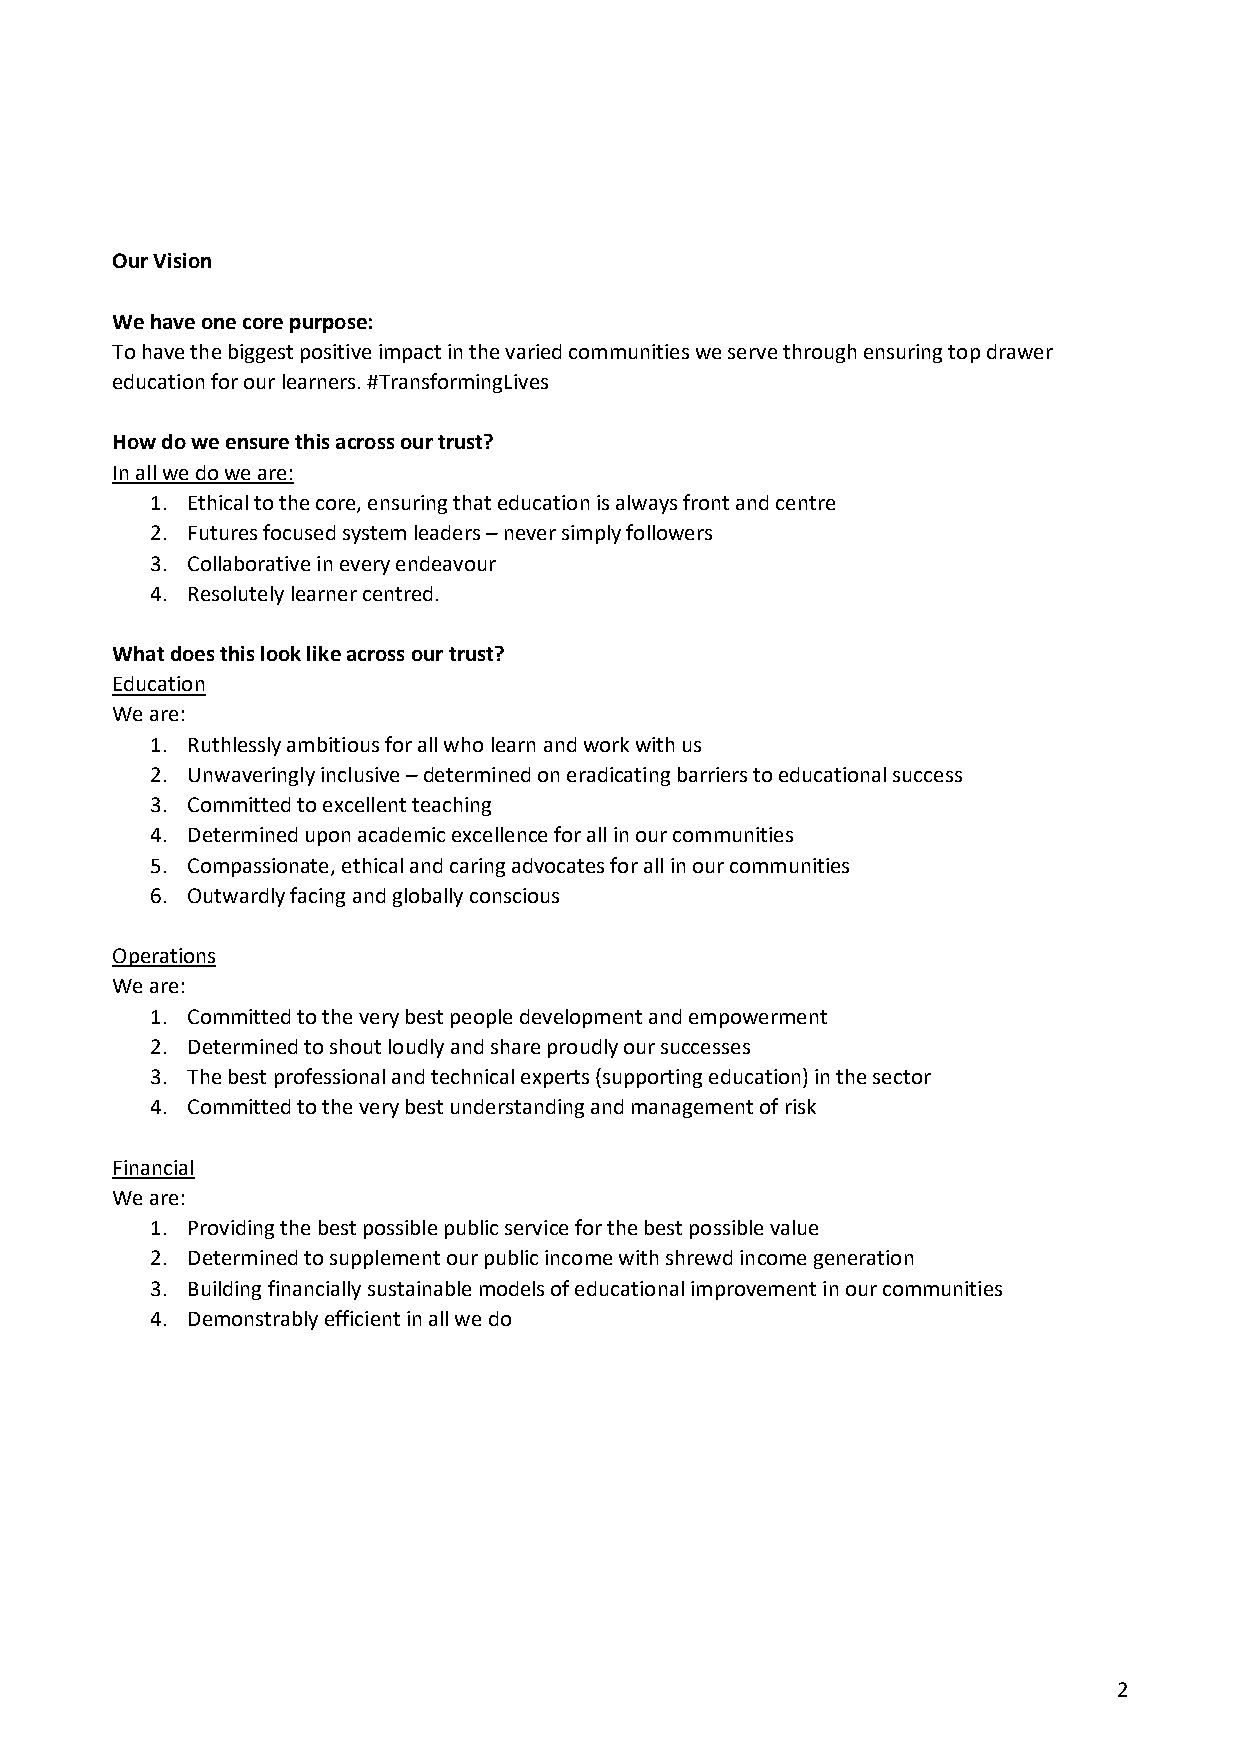
Our Vision
 We have one core purpose:
 To have the biggest positive impact in the varied communities we serve through ensuring top drawer
 education for our learners. #TransformingLives
 How do we ensure this across our trust?
 In all we do we are:
 1. Ethical to the core, ensuring that education is always front and centre
 2. Futures focused system leaders – never simply followers
 3. Collaborative in every endeavour
 4. Resolutely learner centred.
 What does this look like across our trust?
 Education
 We are:
 1. Ruthlessly ambitious for all who learn and work with us
 2. Unwaveringly inclusive – determined on eradicating barriers to educational success
 3. Committed to excellent teaching
 4. Determined upon academic excellence for all in our communities
 5. Compassionate, ethical and caring advocates for all in our communities
 6. Outwardly facing and globally conscious
 Operations
 We are:
 1. Committed to the very best people development and empowerment
 2. Determined to shout loudly and share proudly our successes
 3. The best professional and technical experts (supporting education) in the sector
 4. Committed to the very best understanding and management of risk
 Financial
 We are:
 1. Providing the best possible public service for the best possible value
 2. Determined to supplement our public income with shrewd income generation
 3. Building financially sustainable models of educational improvement in our communities
 4. Demonstrably efficient in all we do
 2